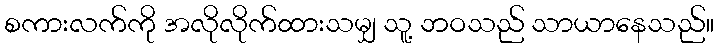
စကားလက်ကို အလိုလိုက်ထားသမျှ သူ့ ဘဝသည် သာယာနေသည်။